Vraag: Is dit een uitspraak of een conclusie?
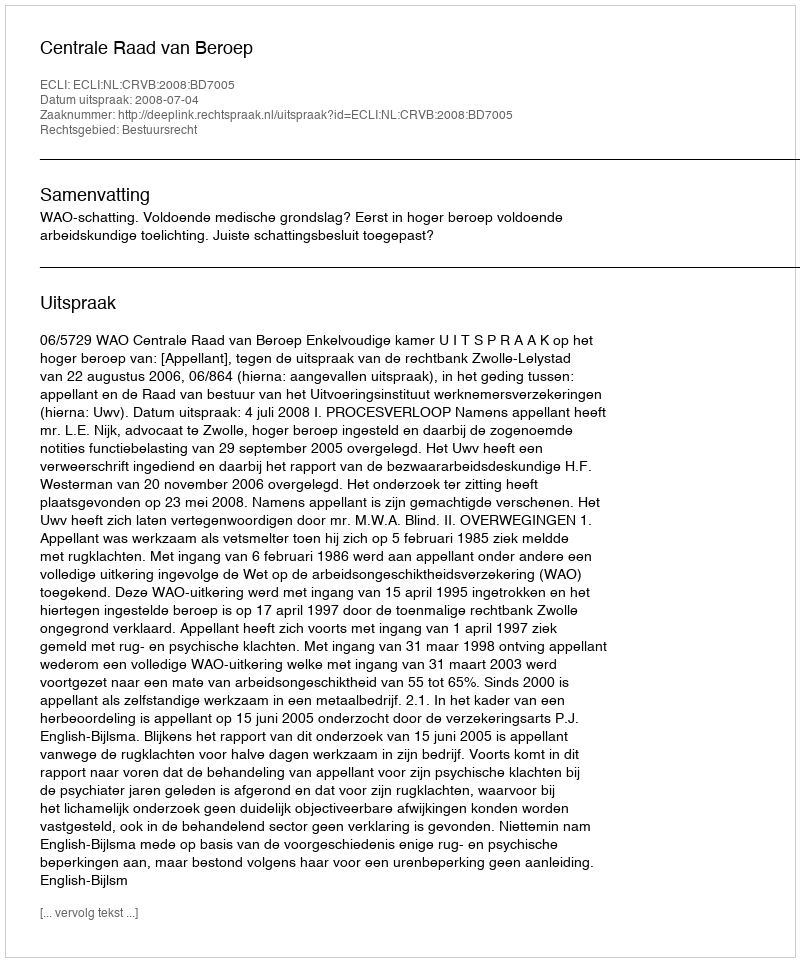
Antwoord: Uitspraak